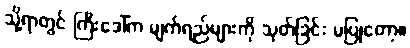
သို့ရာတွင် ကြီးဒေါ်က မျက်ရည်များကို သုတ်ခြင်း မပြုတော့။